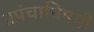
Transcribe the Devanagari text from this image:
प्रपंचाविषयी